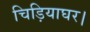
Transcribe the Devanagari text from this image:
चिड़ियाघर।